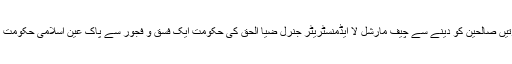
یہ وزارتیں صالحین کو دینے سے چیف مارشل لا ایڈمنسٹریٹر جنرل ضیا الحق کی حکومت ایک فسق و فجور سے پاک عین اسلامی حکومت بن گئی۔